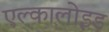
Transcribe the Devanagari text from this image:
एल्कालोइड